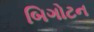
બિગોટન